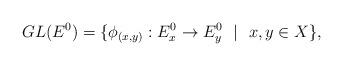
LaTeX: \begin{align*} GL(E^0) = \{ \phi_{(x,y)}: E^0_x \to E^0_y ~~\vert~~ x,y \in X \},\end{align*}